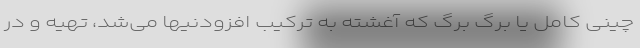
چینی کامل یا برگ برگ که آغشته به ترکیب افزودنیها می‌شد، تهیه و در